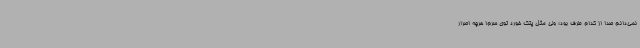
نمی‌دانم صدا از کدام طرف بود؛ ولی مثل پتک خورد توی سرم! هرچه اصرار